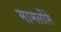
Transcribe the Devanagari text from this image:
मामलोंमे